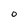
Character: O